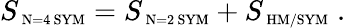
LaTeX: S_{\mathrm{\scriptsize~N=4~SYM}}=S_{\mathrm{\scriptsize~N=2~SYM}}+S_{\mathrm{\scriptsize~HM/SYM}}\; .